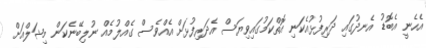
އެހެނީ އެބޮޑު އެނދުގައި ދަރިފުޅުއެކަނި އޮތްކަމުގައިވިޔަސް އެދަރިފުޅަށް އެއްވެސް ގެއްލުމެއް ނުލިބޭނެކަން މިޝަލްއަށް